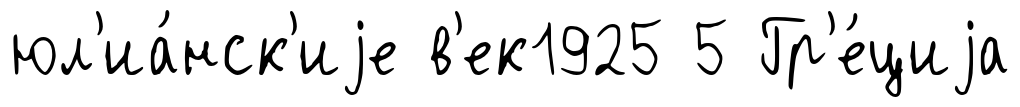
юл'иа́нск'иjе в'ек1925 5 Гр'е́циjа